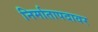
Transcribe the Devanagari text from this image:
निर्मातापदावर